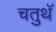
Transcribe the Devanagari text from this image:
चतुथॅ